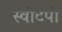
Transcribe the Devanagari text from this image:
स्वीटपी